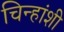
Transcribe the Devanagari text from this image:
चिन्हांशी